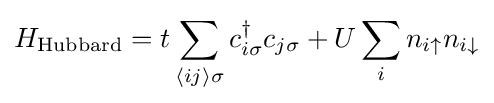
H_{\text{Hubbard}}=t\sum _{\langle ij\rangle \sigma }c_{i\sigma }^{\dagger }c_{j\sigma }+U\sum _{i}n_{i\uparrow }n_{i\downarrow }